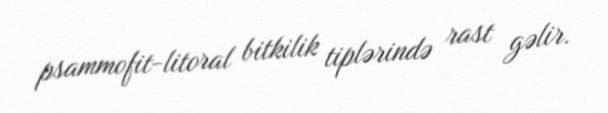
psammofit-litoral bitkilik tiplərində rast gəlir.